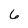
Character: 6